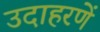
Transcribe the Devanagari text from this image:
उदाहरणें